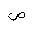
Letter: _sad